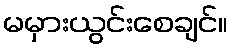
မမှားယွင်းစေချင်။